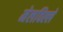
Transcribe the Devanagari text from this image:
मेलविल्ले